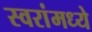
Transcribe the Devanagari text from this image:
स्वरांमध्ये